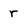
Character: r